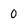
Character: 0